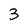
Character: 3